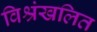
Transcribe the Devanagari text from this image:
विश्रंखलित